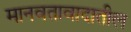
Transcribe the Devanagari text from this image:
मानवतावादातील